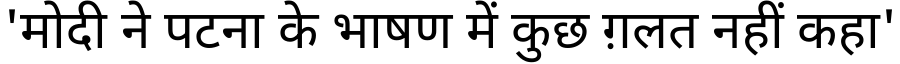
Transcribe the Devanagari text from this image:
'मोदी ने पटना के भाषण में कुछ ग़लत नहीं कहा'